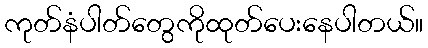
ကုတ်နံပါတ်တွေကိုထုတ်ပေးနေပါတယ်။